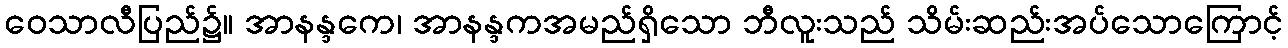
ဝေသာလီပြည်၌။ အာနန္ဒကေ၊ အာနန္ဒကအမည်ရှိသော ဘီလူးသည် သိမ်းဆည်းအပ်သောကြောင့်